Vital statistics of India. Vol. VI, European troops 1870-79
Year: 1870
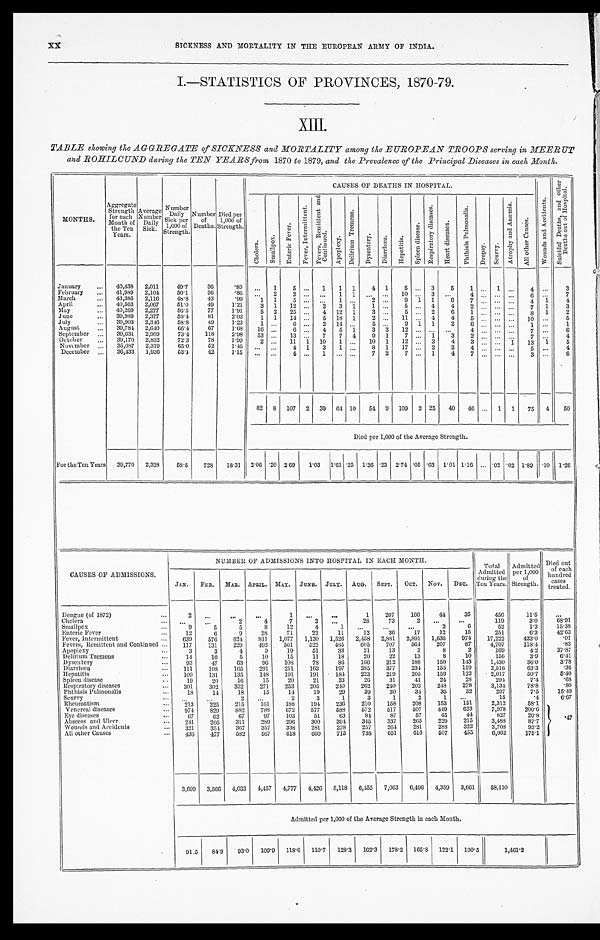
X X S I C K N E S S A N D M O R T A L I T Y I N T H E E U R O P E A N A R M Y O F I N D I A .
1 . —S T A T I S T I C S O F P R O V I N C E S , 1 8 7 0 - 7 9 .
TABLE showing the AGGREGATE of SICKNESS and MORTALITY among the EUROPEAN TROOPS serving in MEERUT
and ROHILCUND daring the TEN YEARS from 1870 to 1879, and the Prevalence of the Principal Diseases in each Month.
MONTHS.
Aggregate S t r e n g t h
for each '
Month of
the Ten
Years.
Average N u m b e r
D a i l y
Sick.
Number D a il
y
'
Sick per
1,000 of
Strength.
Number
of ,
Deaths.
Died per
1,000 of
Strength.
CAUSES OF DEATHS IN HOSPITAL.
W o u n d s a n d A c c i d e n t s .
S u i c i d a l D e a t h s , a n d O t h e r D e a t h s o u t o f H o s p i t a l s .
C h o l e r a .
S m a l l p o x .
E n t e r i c F e v e r .
F e v e r , I n t e r m i t t e n t .
F e v e r , R e m m i t e n t a n d C o n t i n u e d .
A p o p l e x y .
D e l l i r i u m
T r e m e n s .
D y s e n t e r y .
D i a r r h œ a . H a p a t i t i s .
S p l e e n d i s e a s e .
R e s p i r a t o r y d i s e a s e s .
H e a r t d i s e a s e s .
P h t h i s i s P u l m o n a l i s .
Dr o p s y .
S c u r v y .
A t r o p h y a n d A n æ m i a .
A l l o t h e r c a u s e s .
January
...
40,438
2,011
49.7
.36
. 8 9
. . .
1
5 ...
1
1
1
4 1
5 ...
3
5
1
1
4 ...
3
February
...
41,989
2,104
50.1
36
.86
...
2
2
. . .
. . .
1
1
. . .
. . .
1 0
. . .
3
. . .
4 ....
. . . ...
6 ...
7
March
...
43,385
2,116
48.8
43
.99
1
1
5 ...
...
1
. . .
2 ...
9
1
1
6
7 ...
... ...
4
1
4
April
...
40,563
2,067
51.0
49
1.21
3
1
12 ...
2
3
1
1 ...
5 ...
4
4
2
...
... ...
7
1
3
May
•••
40,269
2,277
56'5
77
1'91
5
2
25 ...
4
12
1
3 ...
5 ...
2
.6
1 ,.. ...
8
1
2
June
...
39,989 2,377
59.4
81
2.03
1
1
14
5
18
1
2
. . . 11 ...
4
4
5 ... ...
..,
10 ...
5
July
30,903
2.346
58.8
49
1.23
1 ...
6 ...
2
14 ...
5
. . .
9
1
1
2
6 ... ...
. . .
1 ...
1
August
...
39,784 2,640
66.4
67
1 . 6 8
16
. . .
6
. . . 4
5
1
3
3
12
. . .
. . .
. . .
4 ...
. . .
. . .
7 ...
6
September ...
39,631
2,909
73.4
118
2.98
53
...
13
...
7
7
4
9
1
7
...
1
3
2
...
. . .
. . .
7 ...
4
October...
3 9 , 1 7 0 2,832
72.3
78
1.99
2 ...
11
1
10
1 ...
10
1
12 ...
3
4
3 ...
...
1
7
13
5
N ovemb er ...
35,687
2,319
65.0
52
1.46
...
. . .
4
1
3
1 ...
8
1
17 ...
2
2
4 ...
... ...
5 ...
4
December
. . .
36,433
1,936
53.1
42
1.15
...
...
4
. . .
1
. . .
. . .
7
2
7
. . .
1
4
7 ...
. . .
. . .
3 ...
6
82
8
107
2
39
64 10
54 9
109
2 25
40
46 ...
1
1
75
_
4
50
Died per 1,000 of the Average Strength.
For the Ten Years
39,770
2,328
58.5
728
18.31
2.06 .20 2.09
1.03
1.61 .25 1.36 .23 2.74 .05 .63 1.01 1.16 ... .02 .02 1.89 .10 1.26
CAUSES OF ADMISSIONS.
NUMBER OF ADMISSIONS INTO HOSPITAL IN EACH MONTH.
Total
Admitted
d u r i n g t h e
Ten Years.
Admitted
per 1,000
of
Strength.
Died out
of each
hundred
treated.
JAN..
FEB.
MAR. APRIL. MAY. JUNE. JULY. AUG.
SEPT.
OCT.
NOV.
DEC.
Dengue (of 1872)...
2
...
...
..
1
...
...
1
207
166
44
35
456
11.5
...
Cholera
...
...
...
2
4
7
3
...
28
73
2
...
...
119
3.0
68.91
Smallpox
9
5
5
8
12
4
1
...
...
...
2
6
52
1.3
15.38
Enteric Fever
...
12
6
9
28
71
22
11
12
36
17
12
15
251
6.3
42..63
Fever, Intermittent
639
576
624
811
1,077
1,130
1,526
2,458
2,881
2,891
1,635
974
17,222
433.0
.01
Fevers, Remittent and Continued ...
117
131
229
492
561
522
485
605
707
564
207
87
4,707
118.4
.83
Apoplexy...
3
3
4
9
19
51
33
21
13
3
8
2
169
4.2
37.87
Delirium Tremens...
14
10
5
10
15
11
18 20
22
13
8
10
156
3.9
6.41
Dysentery
...
93
47
63
96
108
78
86
166
212
188
150
143
1,430
36.0
3.78
Diarrhœa
111
108
165
291
211
163
197
385
377
234
155
119
2,516
63.3
.36
Hepatitis
...
109
131
135
148
191
191
184
223
219
205
159
122
2,017
50.7
5.40
Spleen disease
19
20
16
15
20
21
33
26
31
41
24
28
294
7.4
.68
Respiratory diseases
...
301
302
332
271
253
205
240
262
240
202
248
278
3,134
78.8
.80
Plithisis Pubnonalis
18
14
18
15
14
19
29
39
30
34
35
32
297
7.5
15.49
Scurvy... ...
. . . . . .
2
. . .
2
3
1
3
1
2
1
. . .
15
.4
6.67
Rheumatism
...
213
225
215
161
188
194
236
210
158
208
153
151
2,312
58.1
. 4 7
Venereal diseases
...
974
829
882
788
672
577
588
572
517
507
449
623
7,978
200.6
Eye diseases
67
62
67
97
103
51
63
84
87
57
45
44
827
20.8
Abscess and Ulcer
...
241
266
311
289
296
300
394
345
337
265
229
215
3,488
87.7
Wounds and Accidents
...
321
354
367
357
338
281
278
257
264
281
288
322
3,708
93.2
All other Causes
. . .
4 3 6
477
582
567
618
600
715
738
651
616
507
455
6,962
175.1
3,699
3,566
4,033
4,457
4,777
4,4.26
5,113
6,155
7,063
6,496
4,359
3,661
53,110
Admitted per 1,000 of the Average Strength in each Month.
91.5
84.9
93.0
109'9
118.6
110.7
128.3
162.3
178.2
165.8
122.1
100.5
1,461.2